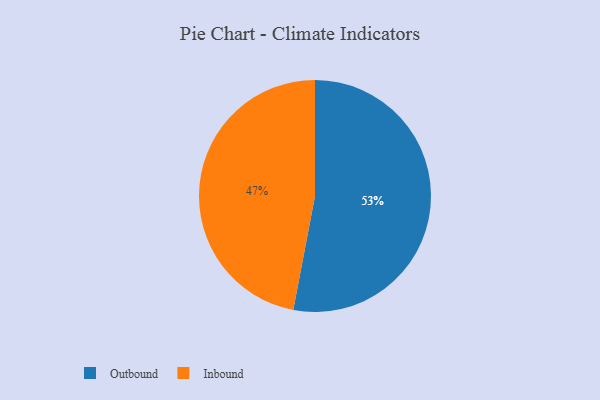
{"axis": {"x": "Category", "y": "Percentage"}, "legend": ["Inbound", "Outbound"], "data": [{"x": "Inbound", "y": 47, "type": "Inbound"}, {"x": "Outbound", "y": 53, "type": "Outbound"}]}